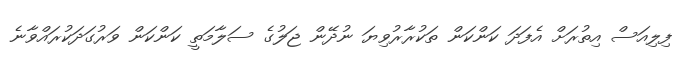
ފިލިއަސް އިތުރަށް އެފަދަ ކަންކަން ތަކުރާރުވިޔަ ނުދޭން ޖަލުގެ ސަލާމަތީ ކަންކަން ވަރުގަދަކުރައްވާނެ